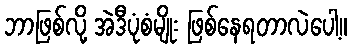
ဘာဖြစ်လို့ အဲဒီပုံစံမျိုး ဖြစ်နေရတာလဲပေါ့။